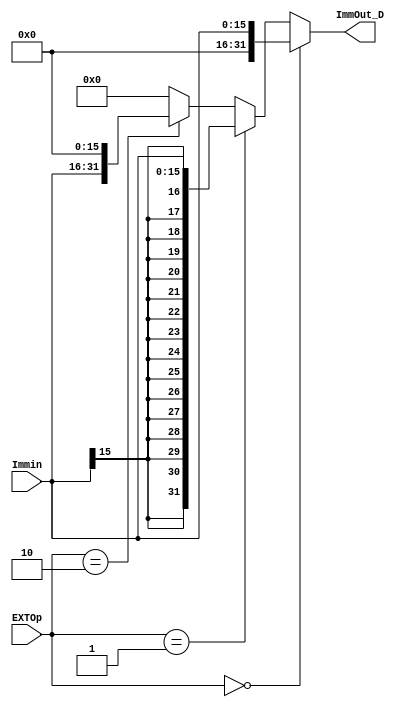
`timescale 1ns / 1ps
//////////////////////////////////////////////////////////////////////////////////
// Company: 
// Engineer: 
// 
// Design Name: 
// Module Name:    EXT 
// Project Name: 
// Target Devices: 
// Tool versions: 
// Description: 
//
// Dependencies: 
//
// Revision: 
// Revision 0.01 - File Created
// Additional Comments: 
//
//////////////////////////////////////////////////////////////////////////////////
module EXT(
    input [15:0] Immin,
    input [1:0] EXTOp,
    output [31:0] ImmOut_D
    );
	`define ZERO 0
	`define SIGN 1
	`define LUI  2
	assign ImmOut_D = (EXTOp == `ZERO)?{16'b0, Immin[15:0]}:
					  (EXTOp == `SIGN)?{{16{Immin[15]}}, Immin[15:0]}:
					  (EXTOp == `LUI) ?{Immin[15:0], 16'b0}:0;
endmodule